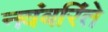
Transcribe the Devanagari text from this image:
नवंबरिंते